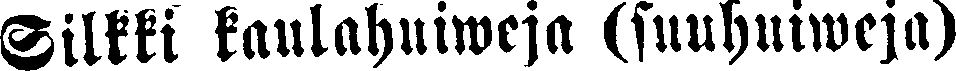
Silkki kaulahuiweja (suuhuiweja)